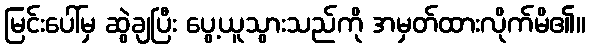
မြင်းပေါ်မှ ဆွဲချပြီး ပွေ့ယူသွားသည်ကို အမှတ်ထားလိုက်မိ၏။